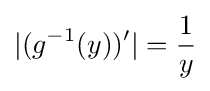
|(g^{-1}(y))^{\prime }|={\frac {1}{y}}